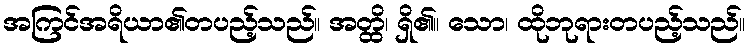
အကြင်အရိယာ၏တပည့်သည်။ အတ္ထိ၊ ရှိ၏။ သော၊ ထိုဘုရားတပည့်သည်။